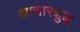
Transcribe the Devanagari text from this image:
आचारशुद्ध